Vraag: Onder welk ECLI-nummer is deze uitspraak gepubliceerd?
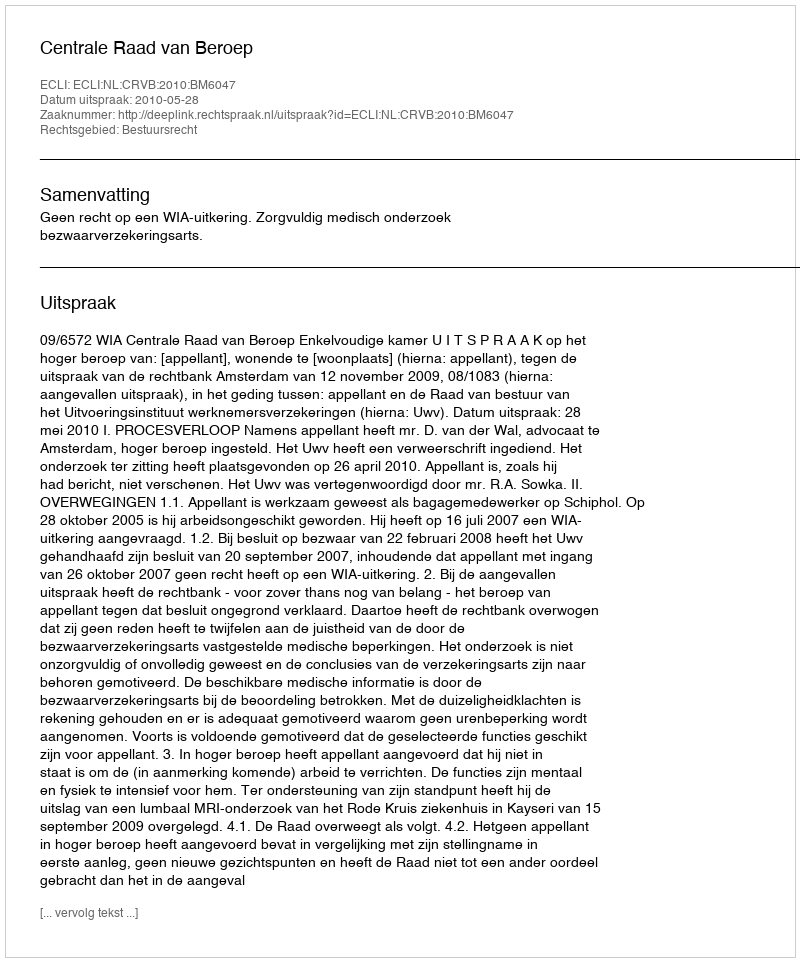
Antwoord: ECLI:NL:CRVB:2010:BM6047